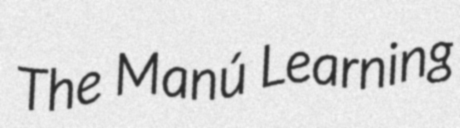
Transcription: The Manú Learning